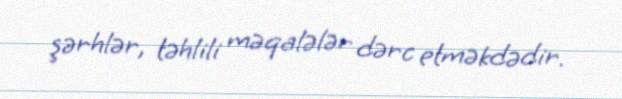
şərhlər, təhlili məqalələr dərc etməkdədir.